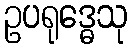
ဥပရုဒ္ဓေသု